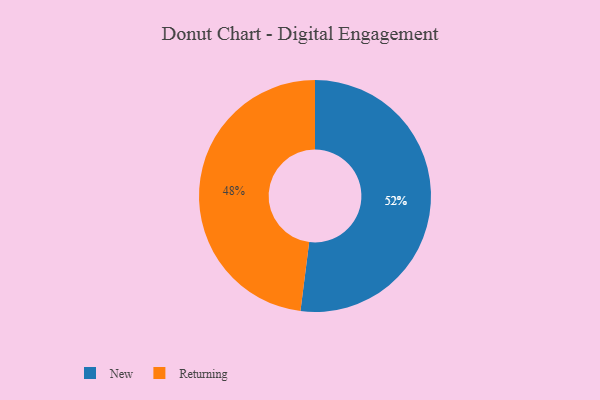
{"axis": {"x": "Category", "y": "Percentage"}, "legend": ["New", "Returning"], "data": [{"x": "New", "y": 52, "type": "New"}, {"x": "Returning", "y": 48, "type": "Returning"}]}